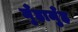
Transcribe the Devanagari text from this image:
मुँहामुँह